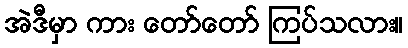
အဲဒီမှာ ကား တော်တော် ကြပ်သလား။